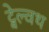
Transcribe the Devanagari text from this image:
ट्वेल्वथ